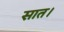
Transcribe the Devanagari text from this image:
सात।